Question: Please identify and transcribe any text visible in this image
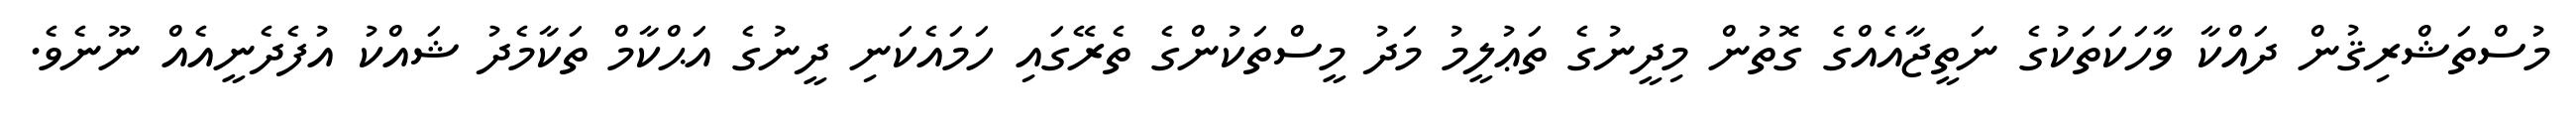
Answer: މުސްތަޝްރިޤުން ދައްކާ ވާހަކަތަކުގެ ނަތީޖާއެއްގެ ގޮތުން މިދީނުގެ ތަޢުލީމު މަދު މީސްތަކުންގެ ތެރޭގައި ހަމައެކަނި ދީނުގެ އަޙްކާމް ތަކާމެދު ޝައްކު އުފެދެނީއެއް ނޫނެވެ.